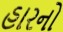
હારનો